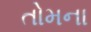
તોમના